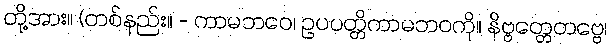
တို့အား။ (တစ်နည်း။ - ကာမဘဝေ၊ ဥပပတ္တိကာမဘဝကို။ နိဗ္ဗတ္တေတဗ္ဗေ၊